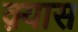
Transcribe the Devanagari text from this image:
क़्यास